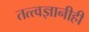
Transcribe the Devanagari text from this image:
तत्त्वज्ञानीही